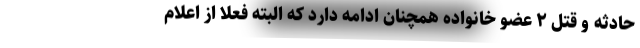
حادثه و قتل ۲ عضو خانواده همچنان ادامه دارد که البته فعلا از اعلام